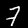
Digit: 7